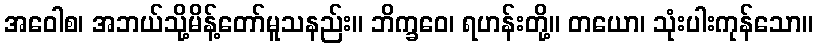
အဝေါစ၊ အဘယ်သို့မိန့်တော်မူသနည်း။ ဘိက္ခဝေ၊ ရဟန်းတို့။ တယော၊ သုံးပါးကုန်သော။